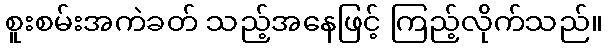
စူးစမ်းအကဲခတ် သည့်အနေဖြင့် ကြည့်လိုက်သည်။